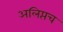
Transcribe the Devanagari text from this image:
अलिप्तच